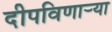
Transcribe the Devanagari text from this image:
दीपविणार्‍या